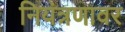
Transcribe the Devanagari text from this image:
नियंत्रणावर